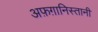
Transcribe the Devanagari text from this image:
अफ़ग़ानिस्तानी